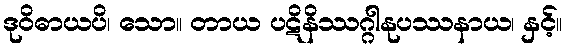
ဒုဝိဓာယပိ၊ သော။ တာယ ပဋိနိဿဂ္ဂါနုပဿနာယ၊ နှင့်။